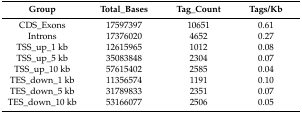
<table><thead><tr><td><b>Group</b></td><td><b>Total_Bases</b></td><td><b>Tag_Count</b></td><td><b>Tags/Kb</b></td></tr></thead><tbody><tr><td>CDS_Exons</td><td>17597397</td><td>10651</td><td>0.61</td></tr><tr><td>Introns</td><td>17376020</td><td>4652</td><td>0.27</td></tr><tr><td>TSS_up_1 kb</td><td>12615965</td><td>1012</td><td>0.08</td></tr><tr><td>TSS_up_5 kb</td><td>35083848</td><td>2304</td><td>0.07</td></tr><tr><td>TSS_up_10 kb</td><td>57615402</td><td>2585</td><td>0.04</td></tr><tr><td>TES_down_1 kb</td><td>11356574</td><td>1191</td><td>0.10</td></tr><tr><td>TES_down_5 kb</td><td>31789833</td><td>2351</td><td>0.07</td></tr><tr><td>TES_down_10 kb</td><td>53166077</td><td>2506</td><td>0.05</td></tr></tbody></table>